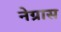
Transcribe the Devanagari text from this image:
नेग्रास